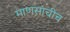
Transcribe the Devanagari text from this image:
माणसांचीच